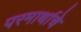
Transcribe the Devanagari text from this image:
परमार्थाचे